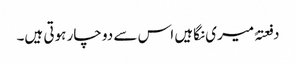
دفعتہً میری نگاہیں اس سے دو چار ہوتی ہیں۔